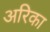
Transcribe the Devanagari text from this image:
अरिका